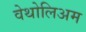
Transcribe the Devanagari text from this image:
वेथोलिअम